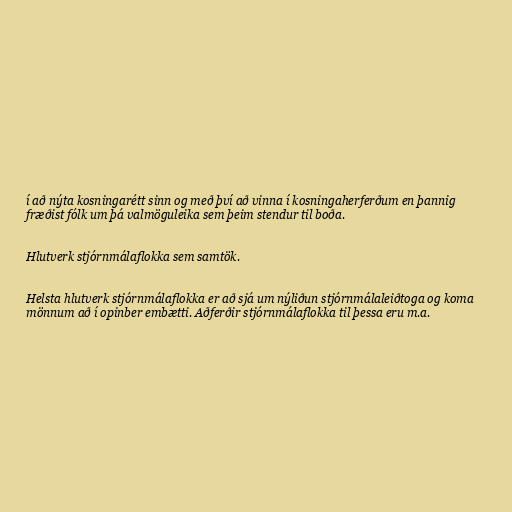
í að nýta kosningarétt sinn og með því að vinna í kosningaherferðum en þannig
fræðist fólk um þá valmöguleika sem þeim stendur til boða.

Hlutverk stjórnmálaflokka sem samtök.

Helsta hlutverk stjórnmálaflokka er að sjá um nýliðun stjórnmálaleiðtoga og koma
mönnum að í opinber embætti. Aðferðir stjórnmálaflokka til þessa eru m.a.